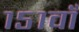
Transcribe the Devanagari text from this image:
१५१वाँ